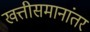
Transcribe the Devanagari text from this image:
खत्तीसमानांतर